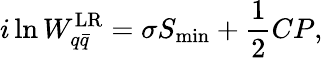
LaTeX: i\ln W_{q\bar{q}}^{\mathrm{LR}}=\sigma S_{\mathrm{min}}+{\frac{1}{2}}CP,